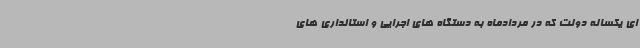
ای یکساله دولت که در مردادماه به دستگاه های اجرایی و استانداری های